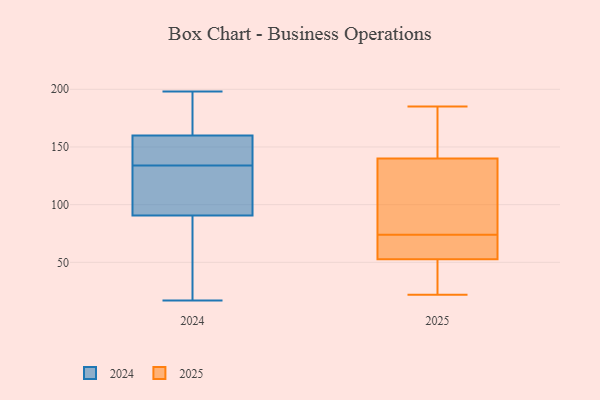
{"axis": {"x": "Humidity (%)", "y": "Value"}, "legend": ["2024", "2025"], "data": [{"x": "", "y": 146, "type": "2024"}, {"x": "", "y": 108, "type": "2024"}, {"x": "", "y": 85, "type": "2024"}, {"x": "", "y": 61, "type": "2024"}, {"x": "", "y": 198, "type": "2024"}, {"x": "", "y": 161, "type": "2024"}, {"x": "", "y": 133, "type": "2024"}, {"x": "", "y": 96, "type": "2024"}, {"x": "", "y": 67, "type": "2024"}, {"x": "", "y": 136, "type": "2024"}, {"x": "", "y": 85, "type": "2024"}, {"x": "", "y": 159, "type": "2024"}, {"x": "", "y": 123, "type": "2024"}, {"x": "", "y": 109, "type": "2024"}, {"x": "", "y": 17, "type": "2024"}, {"x": "", "y": 183, "type": "2024"}, {"x": "", "y": 163, "type": "2024"}, {"x": "", "y": 198, "type": "2024"}, {"x": "", "y": 135, "type": "2024"}, {"x": "", "y": 157, "type": "2024"}, {"x": "", "y": 59, "type": "2025"}, {"x": "", "y": 177, "type": "2025"}, {"x": "", "y": 24, "type": "2025"}, {"x": "", "y": 53, "type": "2025"}, {"x": "", "y": 134, "type": "2025"}, {"x": "", "y": 74, "type": "2025"}, {"x": "", "y": 22, "type": "2025"}, {"x": "", "y": 52, "type": "2025"}, {"x": "", "y": 109, "type": "2025"}, {"x": "", "y": 143, "type": "2025"}, {"x": "", "y": 185, "type": "2025"}, {"x": "", "y": 55, "type": "2025"}, {"x": "", "y": 139, "type": "2025"}]}